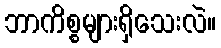
ဘာကိစ္စများရှိသေးလဲ။